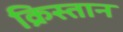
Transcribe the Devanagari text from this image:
क्रिस्तान